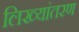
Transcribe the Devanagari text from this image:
लिख्यांतरण